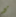
مع